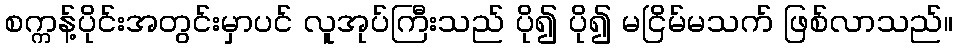
စက္ကန့်ပိုင်းအတွင်းမှာပင် လူအုပ်ကြီးသည် ပို၍ ပို၍ မငြိမ်မသက် ဖြစ်လာသည်။